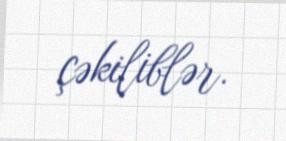
çəkiliblər.